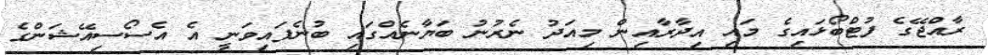
ރާއްޖޭގެ ފުޓްބޯޅައިގެ މައި އިދާރާއިން މިއަދު ނެރުނު ބަޔާނެއްގައި ބުނެފައިވަނީ އެ އެސޯސިއޭޝަންގެ